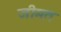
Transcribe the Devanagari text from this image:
जीमत